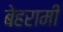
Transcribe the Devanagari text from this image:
बेहरामी